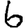
Digit: 6